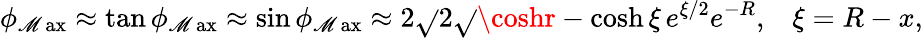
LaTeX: \phi_{\operatorname*{\mathscr{M}ax}}\approx\tan\phi_{\operatorname*{\mathscr{M}ax}}\approx\sin\phi_{\operatorname*{\mathscr{M}ax}}\approx2\sqrt{}{{2}}\sqrt{}{{\coshr-\cosh\xi}}\, e^{\xi/2}e^{-R},\; \; \; \xi=R-x,